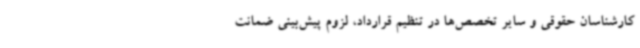
کارشناسان حقوقی و سایر تخصص‌ها در تنظیم قرارداد، لزوم پیش‌بینی ضمانت